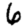
Digit: 6